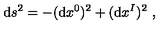
\mathrm { d } s ^ { 2 } = - ( \mathrm { d } x ^ { 0 } ) ^ { 2 } + ( \mathrm { d } x ^ { I } ) ^ { 2 } \ ,